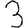
Digit: 3